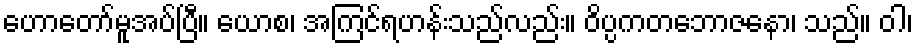
ဟောတော်မူအပ်ပြီ။ ယောစ၊ အကြင်ရဟန်းသည်လည်း။ ဝိပ္ပကတဘောဇနော၊ သည်။ ဝါ၊